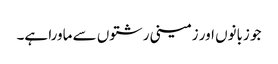
جو زبانوں اور زمینی رشتوں سے ماورا ہے۔